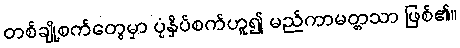
တစ်ချို့စက်တွေမှာ ပုံနှိပ်စက်ဟူ၍ မည်ကာမတ္တသာ ဖြစ်၏။